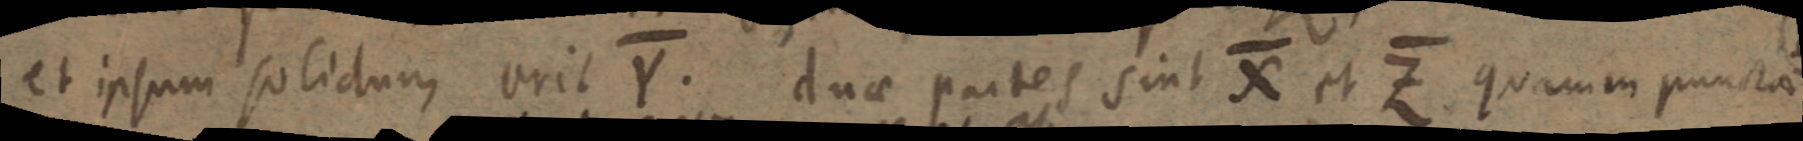
et ipsum solidum erit Y. duae partes sint X et Z quam in punctae